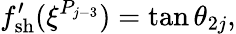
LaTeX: f_{\mathrm{{sh}}}^{\prime}(\xi^{P_{j-3}})=\tan\theta_{2j},